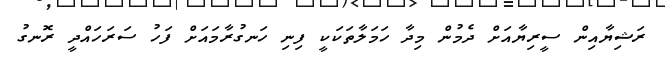
ރަޝިޔާއިން ސީރިޔާއަށް ދެމުން މިދާ ހަމަލާތަކަކީ ފިނި ހަނގުރާމައަށް ފަހު ސަރަހައްދީ ރޮނގު